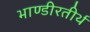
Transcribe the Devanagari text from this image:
भाण्डीरतीर्थ